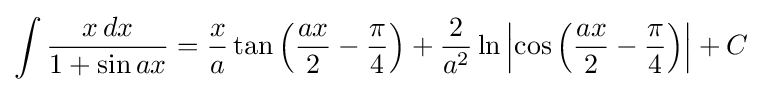
\int {\frac {x\,dx}{1+\sin ax}}={\frac {x}{a}}\tan \left({\frac {ax}{2}}-{\frac {\pi }{4}}\right)+{\frac {2}{a^{2}}}\ln \left|\cos \left({\frac {ax}{2}}-{\frac {\pi }{4}}\right)\right|+C